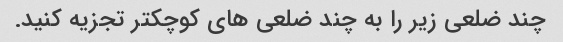
چند ضلعی زیر را به چند ضلعی های کوچکتر تجزیه کنید.